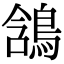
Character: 𪁟